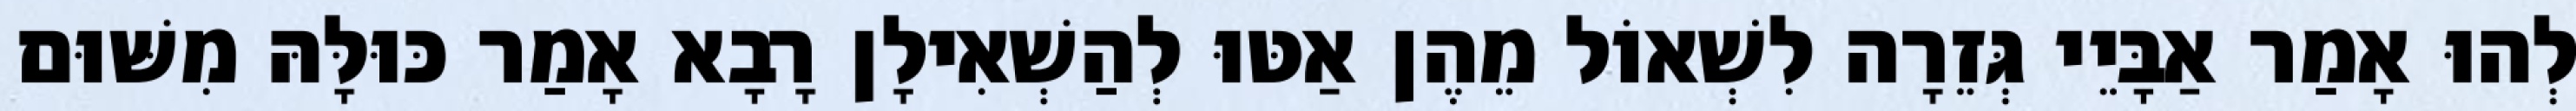
לְהוּ אָמַר אַבָּיֵי גְּזֵרָה לִשְׁאוֹל מֵהֶן אַטּוּ לְהַשְׁאִילָן רָבָא אָמַר כּוּלָּהּ מִשּׁוּם